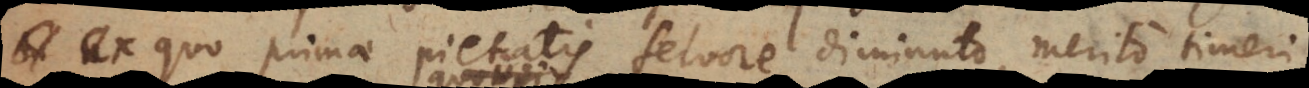
ex quo primae pietatis fervore diminuto, merito timeri